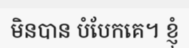
មិនបាន បំបែកគេ។ ខ្ញុំ